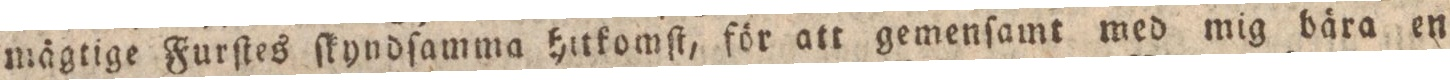
mägtige Furſtes ſkyndſamma hitkomſt, för att gemenſamt med mig bära en